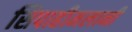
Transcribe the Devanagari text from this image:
सिपाहीमलानी